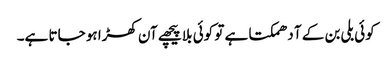
کوئی بلی بن کے آ دھمکتا ہے تو کوئی بلا پیچھے آن کھڑا ہو جاتا ہے۔